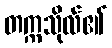
တက္ကသိုလ်၏